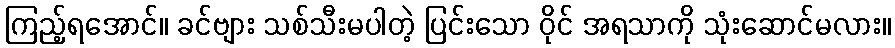
ကြည့်ရအောင်။ ခင်ဗျား သစ်သီးမပါတဲ့ ပြင်းသော ဝိုင် အရသာကို သုံးဆောင်မလား။